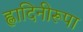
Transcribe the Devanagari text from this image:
ह्लादिनीरूपा